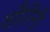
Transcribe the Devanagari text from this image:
शौरींनी